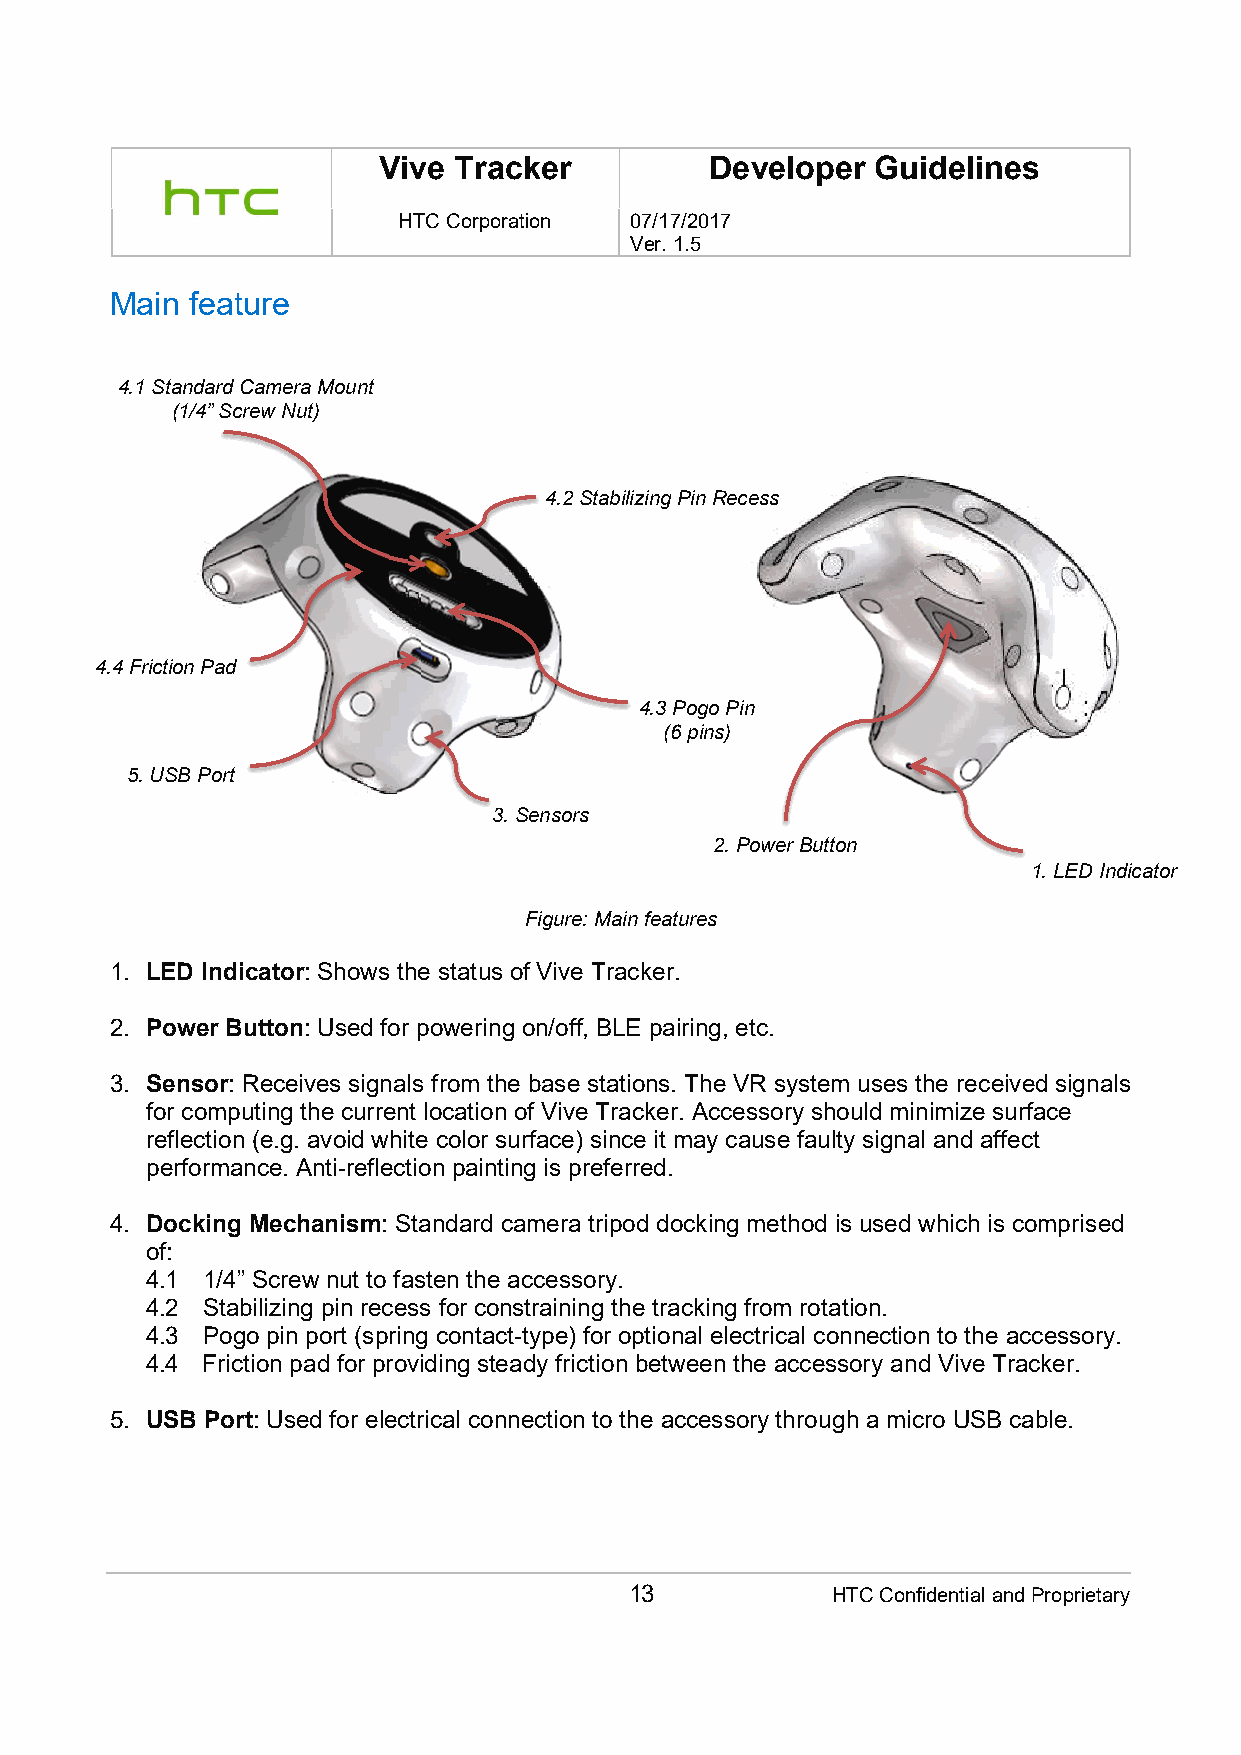
Vive Tracker          Developer  Guidelines
 HTC Corporation 07/17/2017
 Ver. 1.5
 Main feature
 4.1 Standard Camera Mount
 (1/4” Screw Nut)
 4.2 Stabilizing Pin Recess
 4.4 Friction Pad
 4.3 Pogo Pin
 (6 pins)
 5. USB Port
 3. Sensors
 2. Power Button
 1. LED Indicator
 Figure: Main features
 1. LED Indicator: Shows the status of Vive Tracker.
 2. Power Button: Used for powering on/off, BLE pairing, etc.
 3. Sensor: Receives signals from the base stations. The VR system uses the received signals
 for computing the current location of Vive Tracker. Accessory should minimize surface
 reflection (e.g. avoid white color surface) since it may cause faulty signal and affect
 performance. Anti-reflection painting is preferred.
 4. Docking Mechanism: Standard camera tripod docking method is used which is comprised
 of:
 4.1 1/4” Screw nut to fasten the accessory.
 4.2 Stabilizing pin recess for constraining the tracking from rotation.
 4.3 Pogo pin port (spring contact-type) for optional electrical connection to the accessory.
 4.4 Friction pad for providing steady friction between the accessory and Vive Tracker.
 5. USB Port: Used for electrical connection to the accessory through a micro USB cable.
 13           HTC Confidential and Proprietary